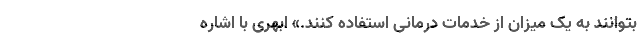
بتوانند به یک میزان از خدمات درمانی استفاده کنند.» ابهری با اشاره